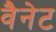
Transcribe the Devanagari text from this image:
वैनेट